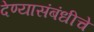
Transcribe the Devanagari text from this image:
देण्यासंबंधीचे